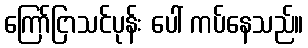
ကြော်ငြာသင်ပုန်း ပေါ် ကပ်နေသည်။